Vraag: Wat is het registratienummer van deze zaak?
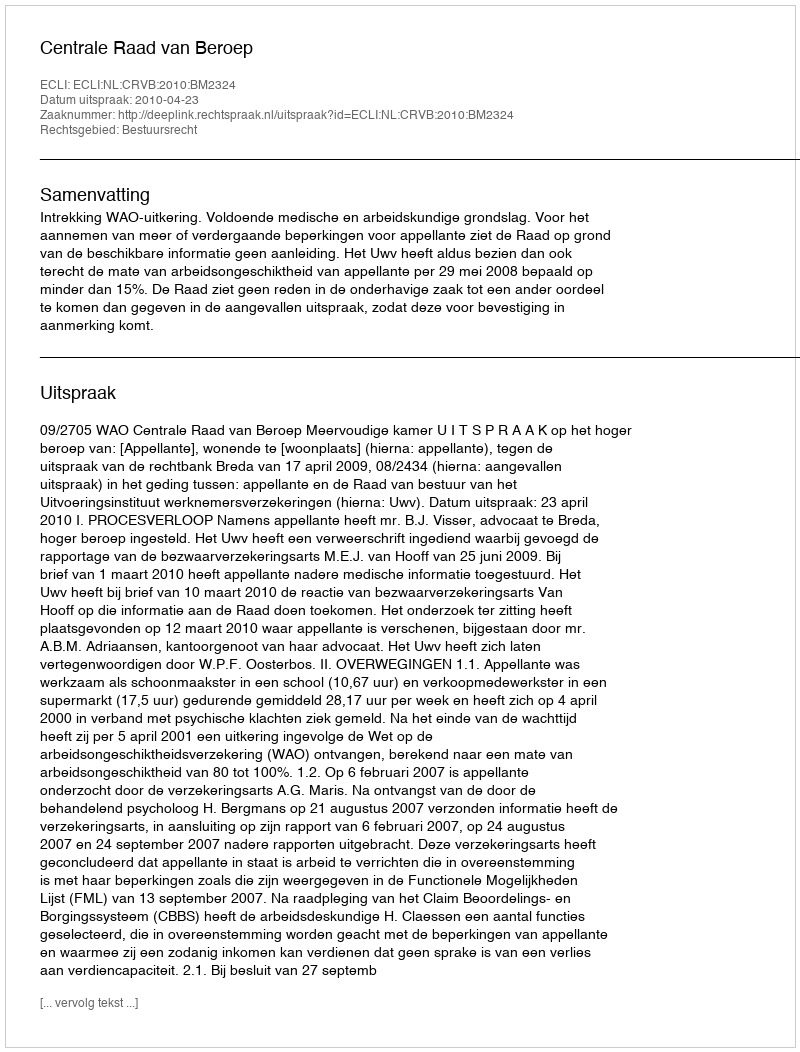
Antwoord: http://deeplink.rechtspraak.nl/uitspraak?id=ECLI:NL:CRVB:2010:BM2324